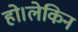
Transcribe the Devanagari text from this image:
हो।लेकिन